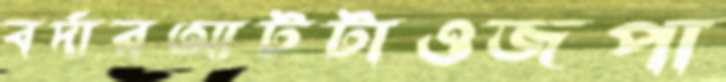
বর্দারআটটাওজপা